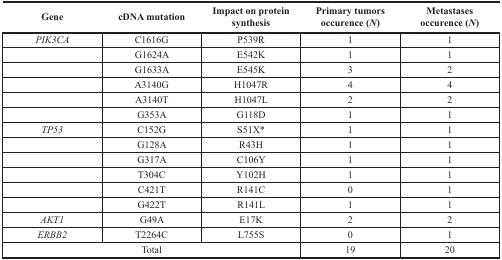
| Gene | cDNA mutation | Impact on protein synthesis | Primary tumors occurence (N) | Metastases occurence (N) |
 | --- | --- | --- | --- | --- |
 | PIK3CA | C1616G | P539R | 1 | 1 |
 |  | G1624A | E542K | 1 | 1 |
 |  | G1633A | E545K | 3 | 2 |
 |  | A3140G | H1047R | 4 | 4 |
 |  | A3140T | H1047L | 2 | 2 |
 |  | G353A | G118D | 1 | 1 |
 | TP53 | C152G | S51X* | 1 | 1 |
 |  | G128A | R43H | 1 | 1 |
 |  | G317A | C106Y | 1 | 1 |
 |  | T304C | Y102H | 1 | 1 |
 |  | C421T | R141C | 0 | 1 |
 |  | G422T | R141L | 1 | 1 |
 | AKT1 | G49A | E17K | 2 | 2 |
 | ERBB2 | T2264C | L755S | 0 | 1 |
 | <COLSPAN=3> Total | 19 | 20 |